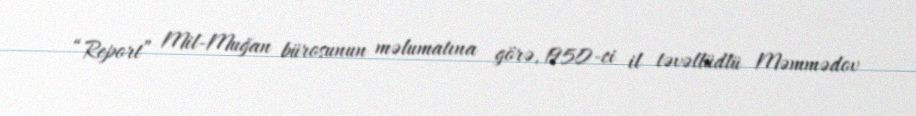
“Report” Mil-Muğan bürosunun məlumatına görə, 1950-ci il təvəllüdlü Məmmədov